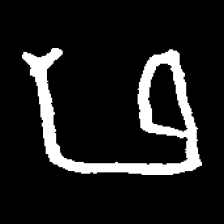
Pyu character \u2014 Myanmar letter: ဖ (romanized: pha)